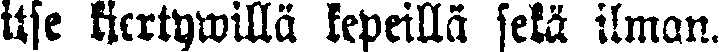
itse kiertywillä kepeillä sekä ilman.